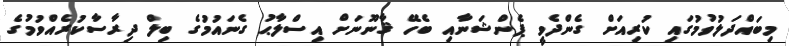
މިބައްދަލުވުމުގައި ކުރިއަށް ގެންދެވީ ޕެންޝަނާއި ބެހޭ ޤާނޫނަށް އިސްލާޙު ގެނައުމުގެ ބިލް ދިރާސާކުރެއްވުމުގެ